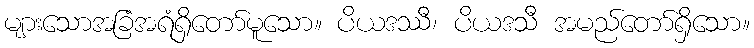
များသောအခြံအရံရှိတော်မူသော။ ပိယဒဿီ၊ ပိယဒသီ အမည်တော်ရှိသော။